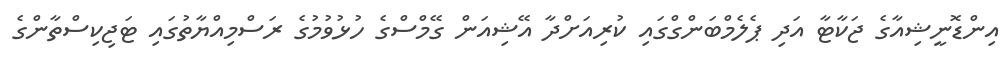
އިންޑޮނީޝިއާގެ ޖަކާޓާ އަދި ޕެލެމްބަންގްގައި ކުރިއަށްދާ އޭޝިއަން ގޭމްސްގެ ހުޅުވުމުގެ ރަސްމިއްޔާތުގައި ޓަޖިކިސްތާންގެ